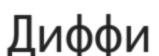
Диффи